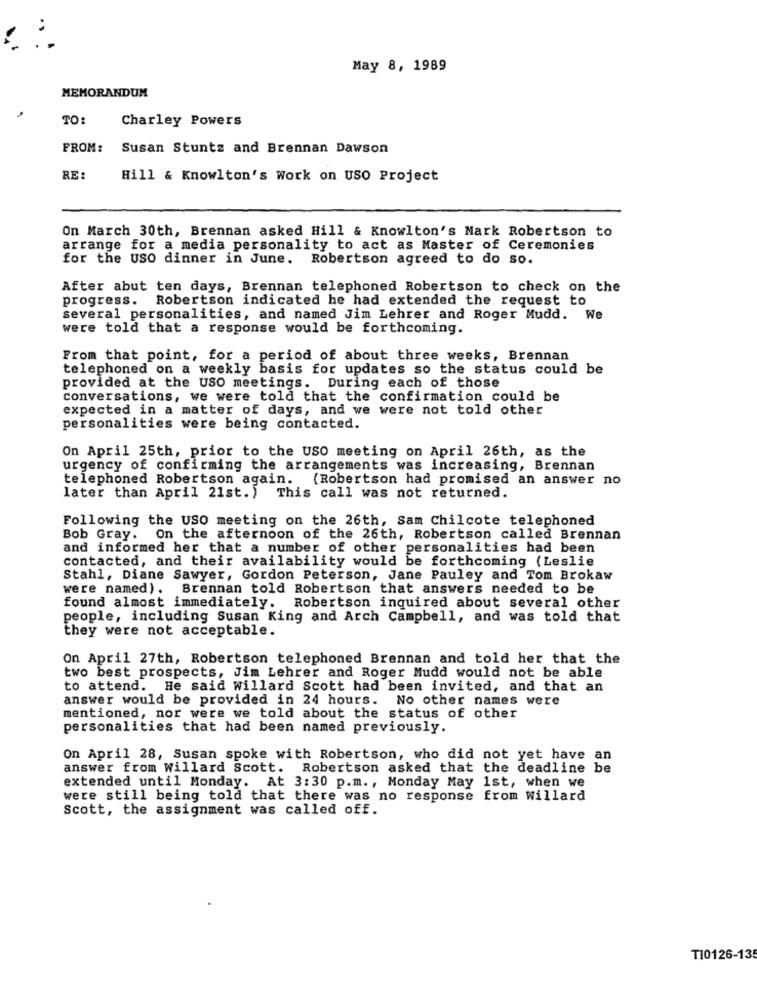
May 8, 1989
MEMORANDUM
TO
Charley Powers
FROM:
Susan Stuntz and Brennan Dawson
RE:
Hill & Knowlton's Work on USO Project
On March 30th, Brennan asked Hill & Knowlton's Mark Robertson to
arrange for a media personality to act as Master of Ceremonies
for the USO dinner in June. Robertson agreed to do so.
After abut ten days, Brennan telephoned Robertson to check on the
progress. Robertson indicated he had extended the request to
several personalities, and named Jim Lehrer and Roger Mudd. We
were told that a response would be forthcoming.
From that point, for a period of about three weeks, Brennan
telephoned on a weekly basis for updates so the status could be
provided at the USO meetings. During each of those
conversations, we were told that the confirmation could be
expected in a matter of days, and we were not told other
personalities were being contacted.
On April 25th, prior to the USO meeting on April 26th, as the
urgency of confirming the arrangements was increasing, Brennan
telephoned Robertson again. (Robertson had promised an answer no
later than April 21st.) This call was not returned.
Following the USO meeting on the 26th, Sam Chilcote telephoned
Bob Gray.
On the afternoon of the 26th, Robertson called Brennan
and informed her that a number of other personalities had been
contacted, and their availability would be forthcoming (Leslie
Stahl, Diane Sawyer, Gordon Peterson, Jane Pauley and Tom Brokaw
were named). Brennan told Robertson that answers needed to be
found almost immediately. Robertson inquired about several other
people, including Susan King and Arch Campbell, and was told that
they were not acceptable.
On April 27th, Robertson telephoned Brennan and told her that the
two best prospects, Jim Lehrer and Roger Mudd would not be able
to attend. He said willard Scott had been invited, and that an
answer would be provided in 24 hours. No other names were
mentioned, nor were we told about the status of other
personalities that had been named previously.
On April 28, Susan spoke with Robertson, who did not yet have an
answer from Willard Scott. Robertson asked that the deadline be
extended until Monday. At 3:30 p.m ., Monday May 1st, when we
were still being told that there was no response from willard
Scott, the assignment was called off.
T10126-135